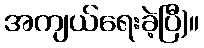
အကျယ်ရေးခဲ့ပြီ)။